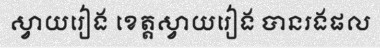
ស្វាយរៀង ខេត្តស្វាយរៀង បានរងផល